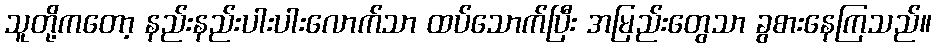
သူတို့ကတော့ နည်းနည်းပါးပါးလောက်သာ ထပ်သောက်ပြီး အမြည်းတွေသာ ခွစားနေကြသည်။